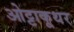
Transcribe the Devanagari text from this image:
ओट्टाकूथर